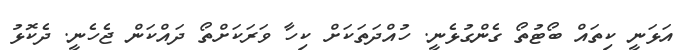
އަޅަނީ ކިތައް ބޯޓުތޯ ގެންގުޅެނީ. ހުއްދަތަކަށް ކިހާ ވަރަކަށްތޯ ދައްކަން ޖެހެނީ. ދެކޮޅު